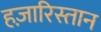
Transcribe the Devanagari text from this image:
हज़ारिस्तान